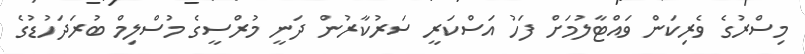
މިސްރުގެ ވެރިކަން ވައްޓާލުމަށް ފަހު އަސްކަރީ ސަރުކާރުން ދަނީ މުރްސީގެ މުސްލިމް ބުރަދަހުޑުގެ